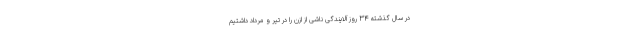
در سال گذشته ۳۴ روز آلایندگی ناشی از ازن را در تیر و مرداد داشتیم